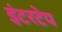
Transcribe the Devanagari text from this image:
इंटरटेप